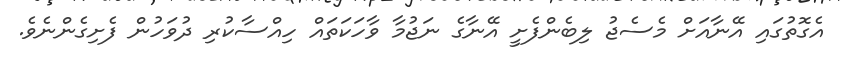
އެގޮތުގައި އޭނާއަށް މެސެޖު ލިބެންފެށީ އޭނާގެ ނަޖުމާ ވާހަކަތައް ހިއްސާކުރި ދުވަހުން ފެށިގެންނެވެ.